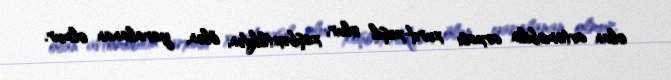
olan avtomobilin arxası xurd-xəşil olur, xoşbəxtlikdən, ölən, yaralanan olmur.